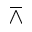
\barwedge